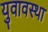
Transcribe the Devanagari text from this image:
युवावस्‍था